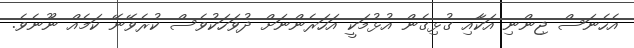
އެހެނަސް ޖިންނި އަކާއި ގުޅިގެން އުޅުމަކީ އަހަރެންނަށް ދުވަހަކުވެސް ކުރެވޭނޭ ކަމެއް ނޫނެވެ.